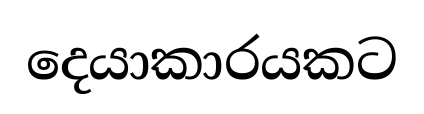
දෙයාකාරයකට